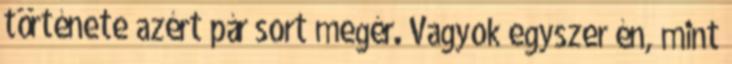
története azért pár sort megér. Vagyok egyszer én, mint